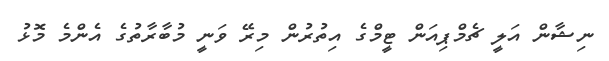
ނިޝާން އަލީ ޗެމްޕިއަން ޓީމްގެ އިތުރުން މިރޭ ވަނީ މުބާރާތުގެ އެންމެ މޮޅު